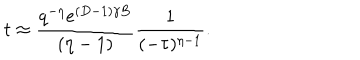
t \approx \frac { q ^ { - \eta } e ^ { ( D - 1 ) \gamma B } } { ( \eta - 1 ) } \frac { 1 } { ( - \tau ) ^ { \eta - 1 } } .